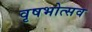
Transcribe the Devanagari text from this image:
वृषभोत्सव